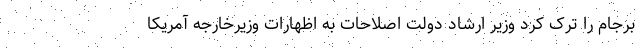
برجام را ترک کرد وزیر ارشاد دولت اصلاحات به اظهارات وزیرخارجه آمریکا